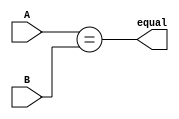
module CMP(
    input [31:0] A,
    input [31:0] B,
    output equal
);
    assign equal = (A == B);
endmodule